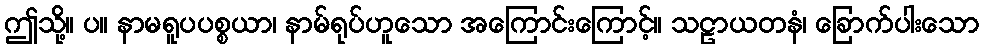
ဤသို့။ ပ။ နာမရူပပစ္စယာ၊ နာမ်ရုပ်ဟူသော အကြောင်းကြောင့်။ သဠာယတနံ၊ ခြောက်ပါးသော